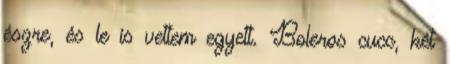
észre, és le is vettem egyett. Boleros cucc, két